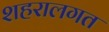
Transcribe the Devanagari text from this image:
शहरालगत